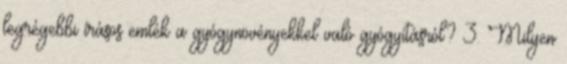
legrégebbi írásos emlék a gyógynövényekkel való gyógyításról? 3. Milyen